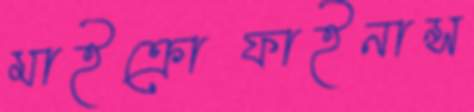
মাইক্রোফাইনান্স